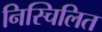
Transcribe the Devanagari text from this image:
निस्चिलित